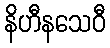
နိဟီနသေဝီ